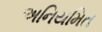
અનિયમિત